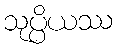
သုပ္ပိယဿ